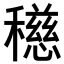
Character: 𥣓